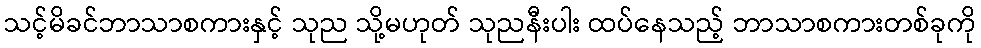
သင့်မိခင်ဘာသာစကားနှင့် သုည သို့မဟုတ် သုညနီးပါး ထပ်နေသည့် ဘာသာစကားတစ်ခုကို